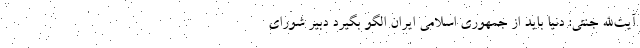
آیت‌الله جنتی: دنیا باید از جمهوری اسلامی ایران الگو بگیرد دبیر شورای